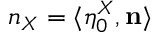
n _ { X } = \langle \eta _ { 0 } ^ { X } , \mathbf { n } \rangle